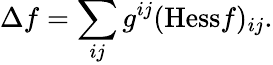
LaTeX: \Delta f=\sum_{ij}g^{ij}({\mathrm{Hess}}f)_{ij}.